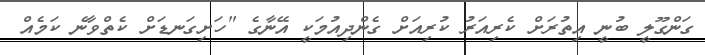
ގަންގޫލީ ބުނީ އިތުރަށް ކެރިއަރު ކުރިއަށް ގެންދިއުމަކީ އޭނާގެ "ހަށިގަނޑަށް ކެތްވާނެ ކަމެއް